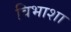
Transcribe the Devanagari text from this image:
विभाशा